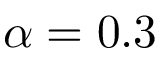
\alpha = 0 . 3